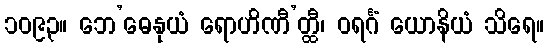
၁၀၉၃။ ဘေ’ဓေနုယံ ရောဟိဏီ’တ္ထီ၊ ဝရင်္ဂံ ယောနိယံ သိရေ။